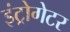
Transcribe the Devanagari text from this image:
इंट्रोगेटर